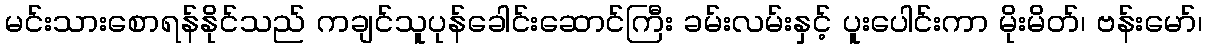
မင်းသားစောရန်နိုင်သည် ကချင်သူပုန်ခေါင်းဆောင်ကြီး ခမ်းလမ်းနှင့် ပူးပေါင်းကာ မိုးမိတ်၊ ဗန်းမော်၊